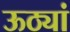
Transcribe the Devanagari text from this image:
ऊठ्यां